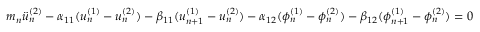
\begin{array} { r } { m _ { n } \Ddot { u } _ { n } ^ { ( 2 ) } - \alpha _ { 1 1 } ( u _ { n } ^ { ( 1 ) } - u _ { n } ^ { ( 2 ) } ) - \beta _ { 1 1 } ( u _ { n + 1 } ^ { ( 1 ) } - u _ { n } ^ { ( 2 ) } ) - \alpha _ { 1 2 } ( \phi _ { n } ^ { ( 1 ) } - \phi _ { n } ^ { ( 2 ) } ) - \beta _ { 1 2 } ( \phi _ { n + 1 } ^ { ( 1 ) } - \phi _ { n } ^ { ( 2 ) } ) = 0 } \end{array}